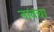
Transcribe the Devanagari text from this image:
नावचा